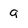
Character: g